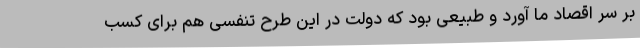
بر سر اقصاد ما آورد و طبیعی بود که دولت در این طرح تنفسی هم برای کسب